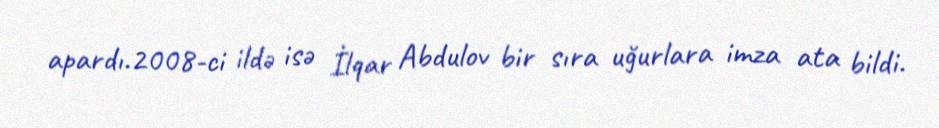
apardı.2008-ci ildə isə İlqar Abdulov bir sıra uğurlara imza ata bildi.